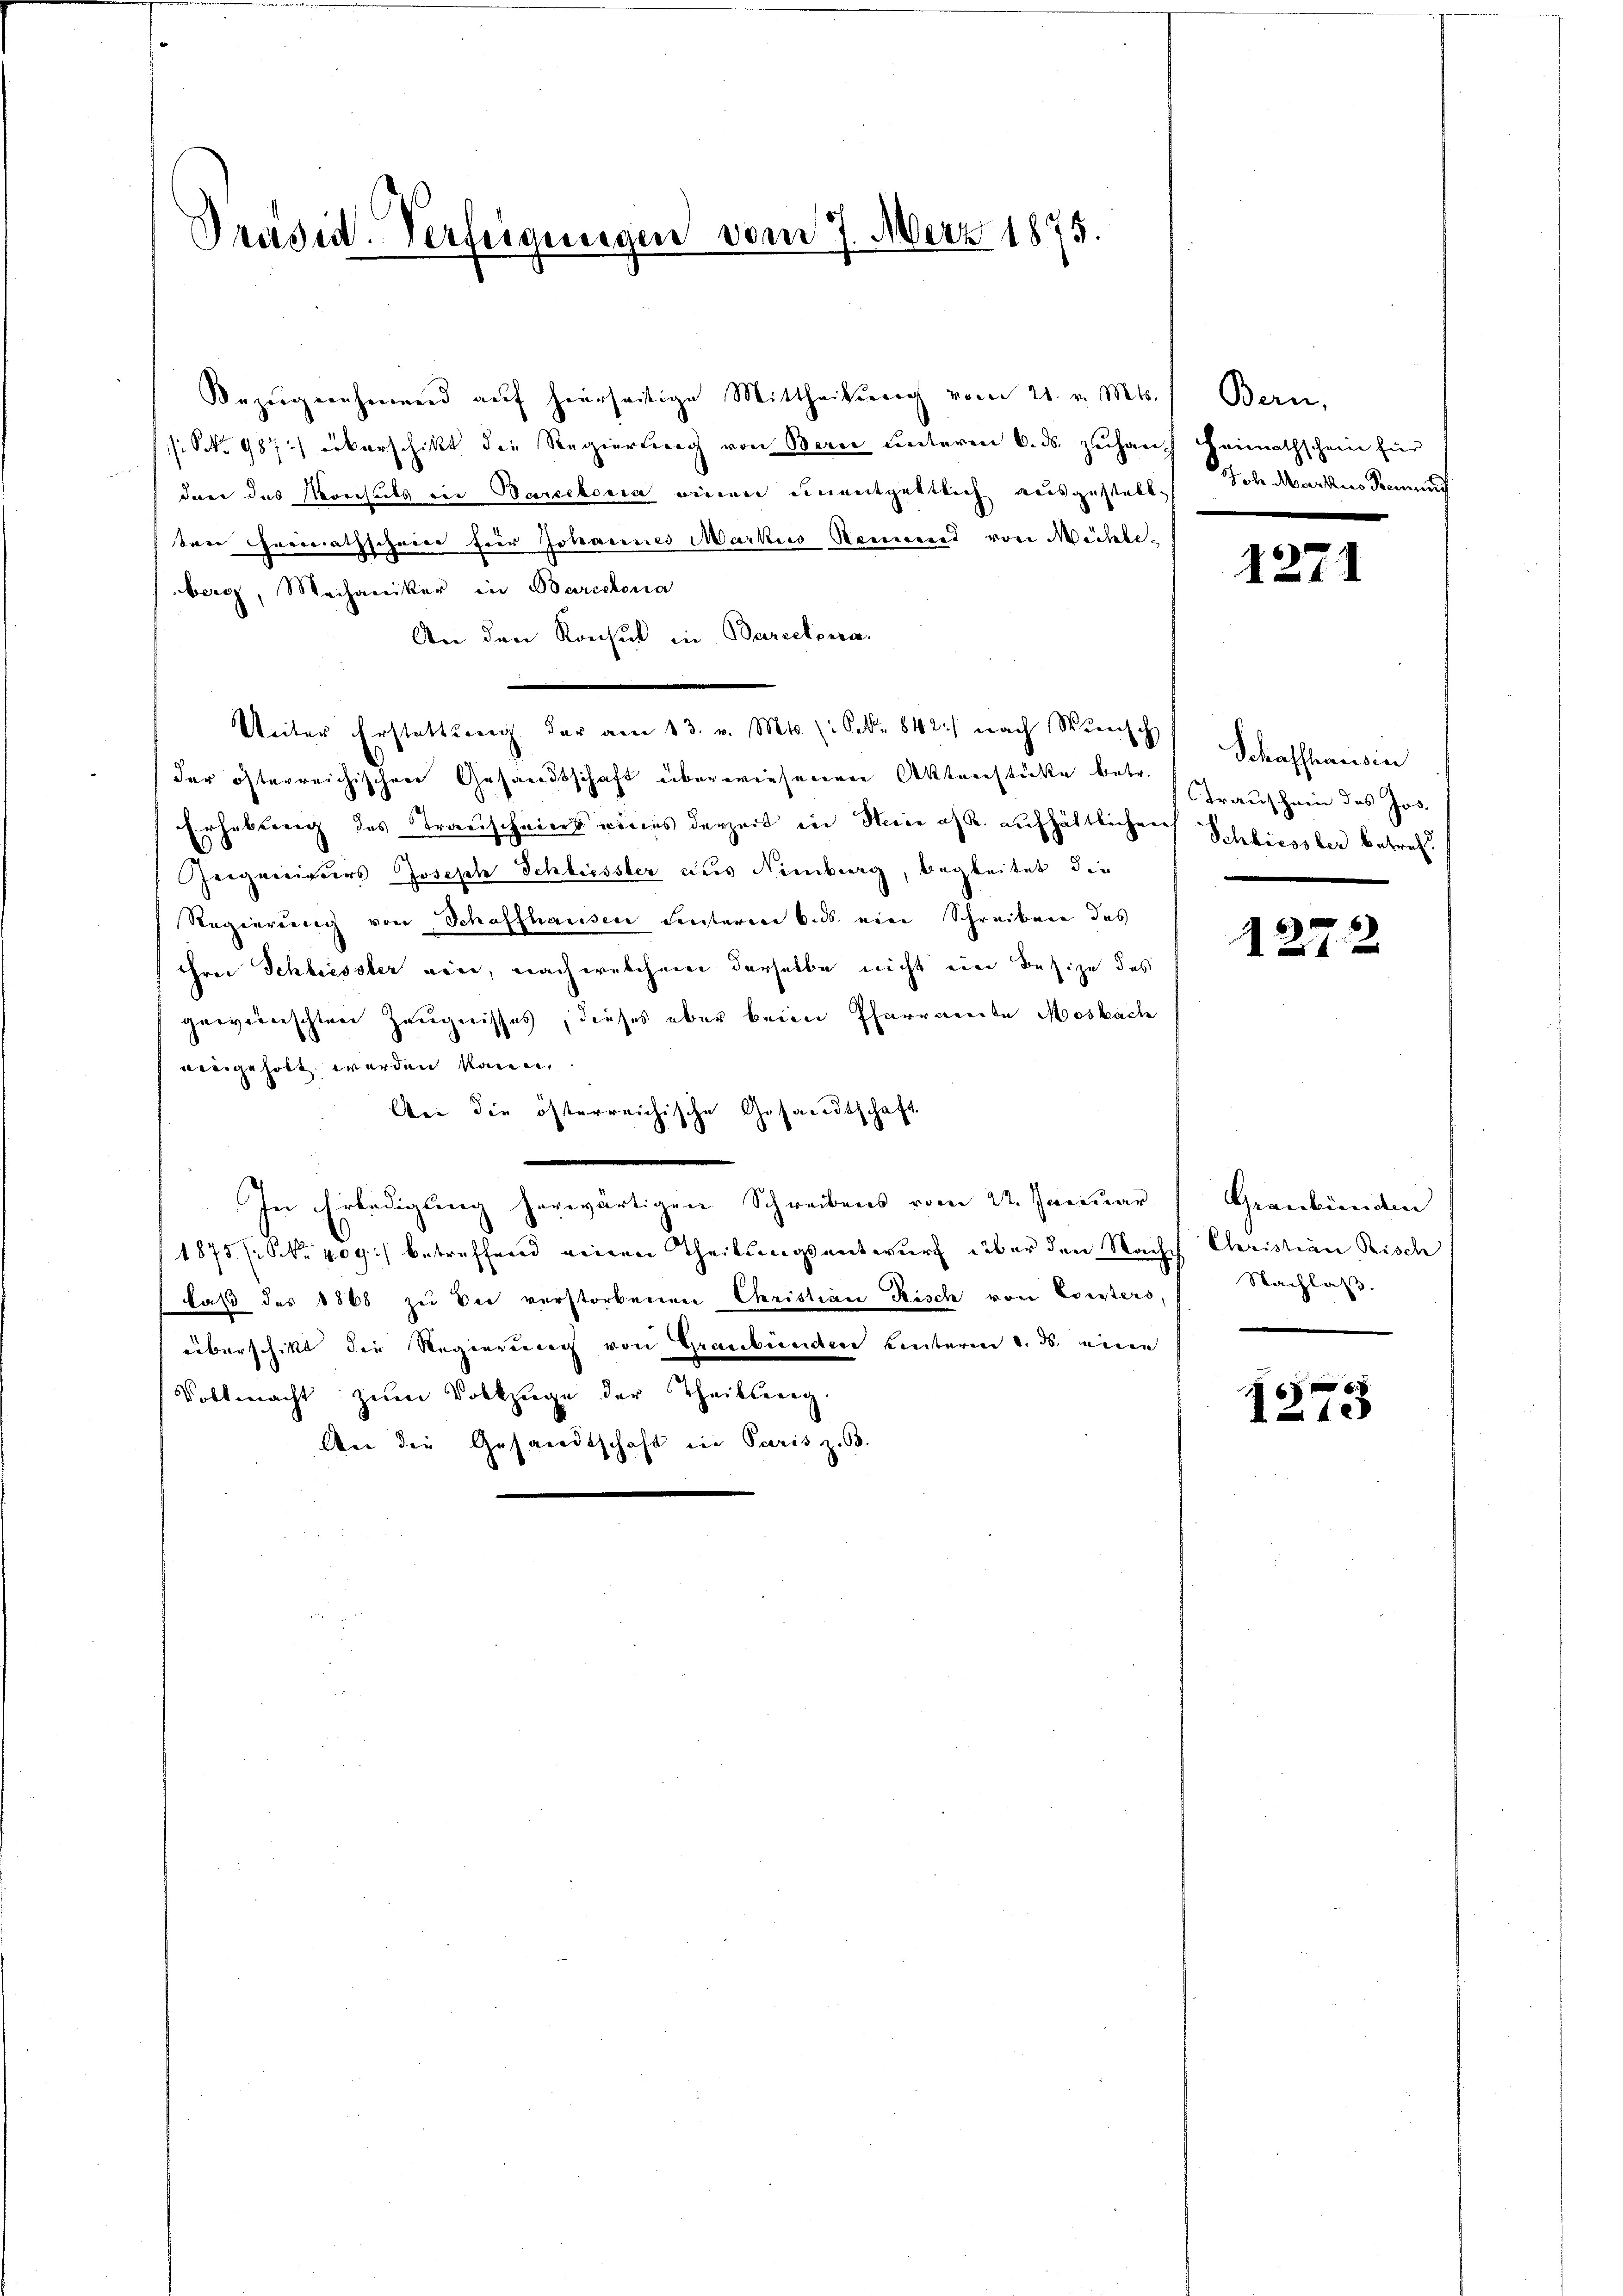
Präsid. Verfeigungen vom 7. März 1875.

Bezŭgnehmend aŭf hierseitige Mittheilŭng vom 21. v. Mts. Bern,
s. S. 987) überschickt die Regierung von Bern unterm 6. ds. zuhauch Heimathschein für
der das Vereiheits ein Barcekonia einen einentgeltlich ausgestellt Joh. Markus Seme
eere Thererrathscheier für Johannes Markus Sement von Mühleberg, Mechaniker in Barcelona
An den Konsul in Barcelona
Unter Erstattŭng der am 13. v. Mts. 1. Febr. 842 nach Minisch
der österreichischen Gesandtschaft überwiesenen Aktenstücke betr.
Erhebung des Transcheins eines derzeit in Meine oft aufhältlichen Schliessler betref¬
Zeigenigers Joseph Schliessler aus Nimburg, begleitet, die
Regierung von Schaffhausen Senteren 6. ds. eine Schreiben das
ihrer Schliessler eine, nach welchem derselbe nicht ein Besize des
gewünschten Zeugnisses, dieses aber beim Pfarrannte Mosbach
aengeholt werden kann,
Aen die öfterreichische Gesandtschaft
In Erledigung herwärtigen Schreibens vom 22. Januar,
1875 (Nr. 409) betreffend einen Theilungsentwurf über den Nach Christian Risch
daß des 1868 zu Die verstorbenen Christian Risch von Vorsters,
überschikt die Regierungen von Graubünden hinterm 2. ds. eine
Vollmacht zŭm Volkzüge der Theilseng
An die Gesandtschaft in Paris z. B.

1271

Schaffhausin
Trauschein des Jos.

1272

Graubünden
Nachlaß.

f
1213